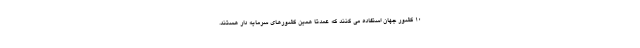
۱۰ کشور جهان استفاده می کنند که عمدتا همین کشورهای سرمایه دار هستند.